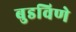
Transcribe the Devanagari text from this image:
बुडविणे